Report on the working of the Ranchi Indian Mental Hospital, Kanke, in Bihar and Orissa - 1930-1940
Year: 1930
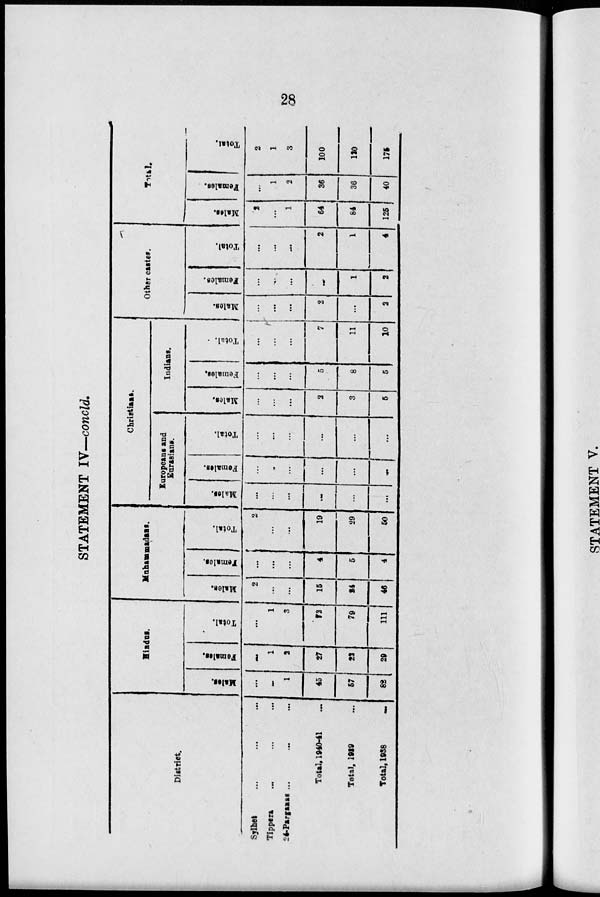
28
STATEMENT IV—concld.
District.
Sylhet ... ... ...
Tippers ... ... ...
24-Parganss ... ... ...
Total. 1940-41 ...
Total. 1939 ...
Total. 1938 ...
Hindus.
Males.
...
...
1
45
57
82
Females.
...
1
2
27
22
29
Total.
...
1
3
72
79
111
Muhammadans.
Males.
2
...
...
15
24
46
Females.
...
...
...
4
5
4
Total.
2
...
...
19
29
50
Christians.
Europeans and
Eurasians.
Males.
...
...
...
...
...
...
Females.
...
..
...
...
...
...
Total.
...
...
...
...
...
...
Indians.
Males.
...
...
...
2
3
5
Females.
...
...
...
5
8
5
Total.
...
...
...
7
11
10
Other castes.
Males.
...
...
...
2
...
2
Females.
...
...
...
...
1
2
Total.
...
...
...
2
1
4
Total.
Males.
2
...
1
64
84
125
Females.
...
1
2
36
36
40
Total.
2
1
3
100
120
175